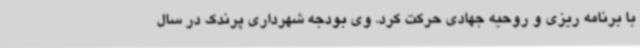
با برنامه ریزی و روحیه جهادی حرکت کرد. وی بودجه شهرداری پرندک در سال